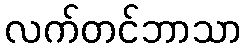
လက်တင်ဘာသာ